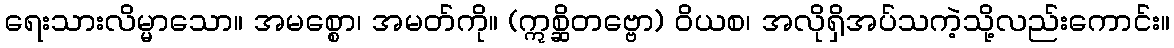
ရေးသားလိမ္မာသော။ အမစ္စော၊ အမတ်ကို။ (ဣစ္ဆိတဗ္ဗော) ဝိယစ၊ အလိုရှိအပ်သကဲ့သို့လည်းကောင်း။